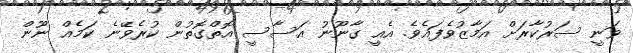
ވަނީ ސަރުކާރަށް އަމާޒުވެފައެވެ. އެއީ ގާނޫނު އަސާސީ އޮތްގޮތުން ކުރެވޭނެ ކަމެއް ނޫން